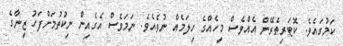
ކަމުގައެވެ. ކޮޓަރިތެރޭން އެއްވެސް މީހެއްގެ ހިލަމެއް ނުވެއެވެ. ނަމަވެސް އެގެއިން ނިކުތުމަށްފަހު ޒީނާގެ